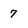
Character: 7